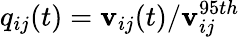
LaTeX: q_{ij}(t)=\mathbf{v}_{ij}(t)/\mathbf{v}_{ij}^{95th}